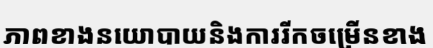
ភាពខាងនយោបាយនិងការរីកចម្រើនខាង